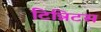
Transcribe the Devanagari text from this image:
टिन्निटस